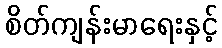
စိတ်ကျန်းမာရေးနှင့်